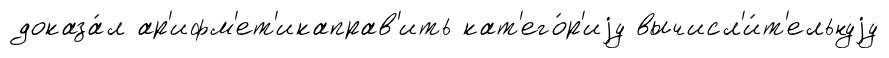
доказа́л ар'ифм'ет'икаправ'ить кат'его́р'иjу вычисл'и́т'ельнуjу